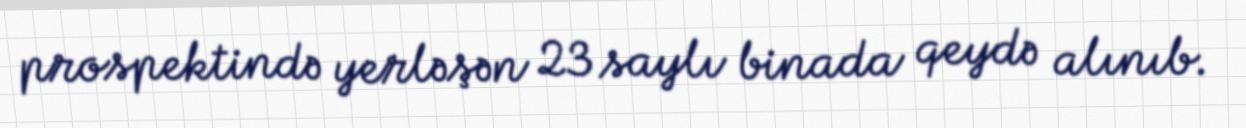
prospektində yerləşən 23 saylı binada qeydə alınıb.